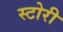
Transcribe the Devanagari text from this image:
स्‍टोरी